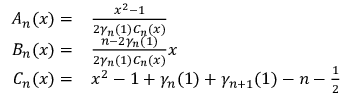
\begin{array} { r l } { A _ { n } ( x ) = } & { { } \frac { x ^ { 2 } - 1 } { 2 \gamma _ { n } ( 1 ) C _ { n } ( x ) } } \\ { B _ { n } ( x ) = } & { { } \frac { n - 2 \gamma _ { n } ( 1 ) } { 2 \gamma _ { n } ( 1 ) C _ { n } ( x ) } x } \\ { C _ { n } ( x ) = } & { { } x ^ { 2 } - 1 + \gamma _ { n } ( 1 ) + \gamma _ { n + 1 } ( 1 ) - n - \frac { 1 } { 2 } } \end{array}